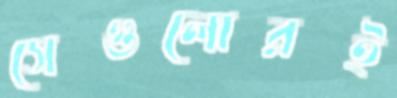
সেগুলোরই